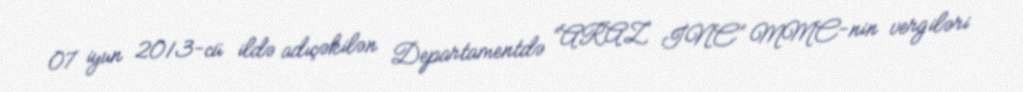
07 iyun 2013-cü ildə adıçəkilən Departamentdə “ARAZ İNC” MMC-nin vergiləri